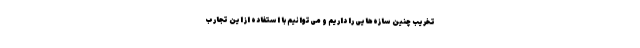
تخریب چنین سازه‌هایی را داریم و می‌توانیم با استفاده از این تجارب